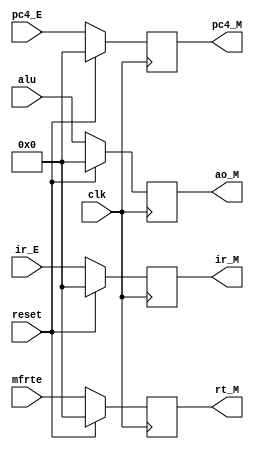
module M (
           input [31:0] ir_E,
           input [31:0] pc4_E,
           input [31:0] alu,
           input [31:0] mfrte,
           input clk,
           input reset,
           output [31:0] ir_M,
           output [31:0] pc4_M,
           output [31:0] ao_M,
           output [31:0] rt_M
       );

reg [31:0] IR;
reg [31:0] PC4;
reg [31:0] AO;
reg [31:0] RT;

initial begin
    IR=0;
    PC4=0;
    AO=0;
    RT=0;
end

assign ir_M=IR;
assign pc4_M=PC4;
assign ao_M=AO;
assign rt_M=RT;

always @(posedge clk) begin
    if(reset) begin
        IR<=0;
        PC4<=0;
        AO<=0;
        RT<=0;
    end
    else begin
        IR<=ir_E;
        PC4<=pc4_E;
        AO<=alu;
        RT<=mfrte;
    end
end


endmodule